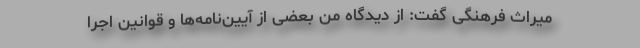
میراث فرهنگی گفت: از دیدگاه من بعضی از آیین‌نامه‌ها و قوانین اجرا